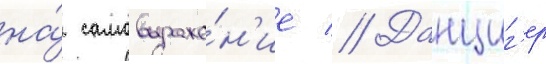
на́ самовыраже́н'ие // Данциг'ер